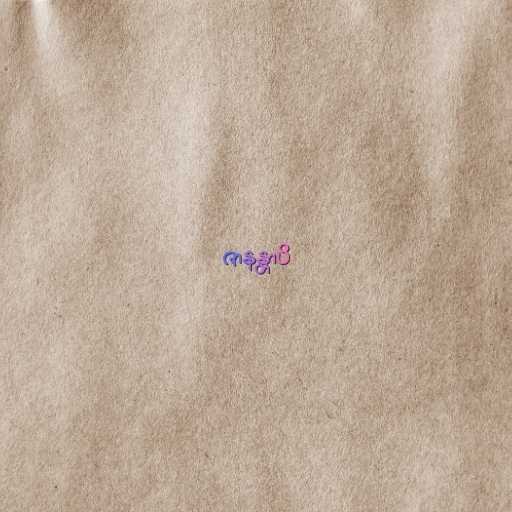
ဇာနန္တာပိ